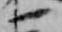
一